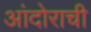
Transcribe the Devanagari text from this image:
आंदोराची